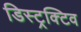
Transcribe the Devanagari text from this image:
डिस्ट्रक्टिव